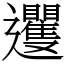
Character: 䢲